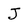
Character: J